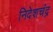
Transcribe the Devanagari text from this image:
निदेशचंद्र